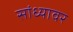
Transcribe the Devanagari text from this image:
सांध्यावर